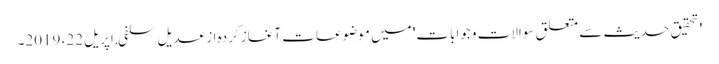
'تحقیق حدیث سے متعلق سوالات وجوابات' میں موضوعات آغاز کردہ از عدیل سلفی, ‏اپریل 22، 2019۔